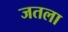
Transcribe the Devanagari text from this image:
जतला